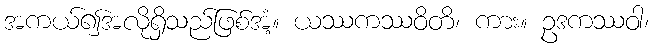
အကယ်၍အလိုရှိသည်ဖြစ်အံ့။ ယဿကဿဝိတိ၊ ကား။ ဥဒကဿဝါ၊